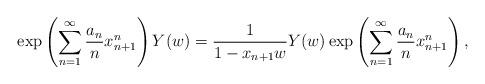
LaTeX: \begin{align*}\exp\left(\sum^\infty_{n=1}\frac{a_n}{n}x^n_{n+1}\right)Y(w)=\frac{1}{1-x_{n+1}w}Y(w)\exp\left(\sum^\infty_{n=1}\frac{a_n}{n}x^n_{n+1}\right),\end{align*}